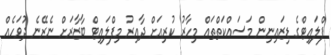
ފްލައިޓްގެ ޑިޒައިނިން މަސައްކަތްތައް މިހާރު ކުރިއަށް ދާއިރު މިފްލައިޓް ބާޒާރަށް ނެރޭނެ ދުވަހެއް